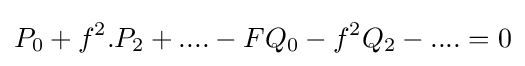
P_{0}+f^{2}.P_{2}+....-FQ_{0}-f^{2}Q_{2}-....=0